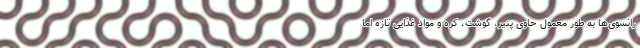
رانسوی‌ها به‌ طور معمول حاوی پنیر، گوشت، کره و مواد غذایی تازه اما